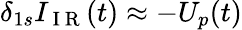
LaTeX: \delta_{1s}I_{\mathrm{~I~R~}}(t)\approx-U_{p}(t)